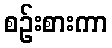
စဉ်းစားကာ